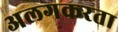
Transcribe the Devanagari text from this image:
अलगकरता